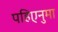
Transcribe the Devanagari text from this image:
पहिएनुमा